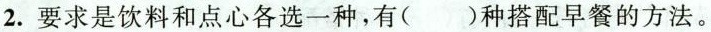
2.要求是饮料和点心各选一种，有( )种搭配早餐的方法。